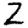
Digit: 2